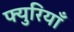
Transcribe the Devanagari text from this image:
फ्युरियाँ